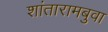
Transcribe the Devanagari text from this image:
शांतारामबुवा